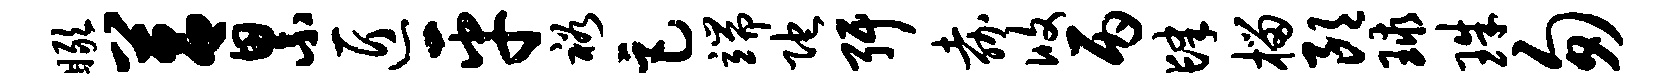
瞰莒累匠平裕巨端陀弭嘉攸丙肆榴朗球珠匆